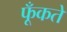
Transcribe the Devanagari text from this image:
फूँकते